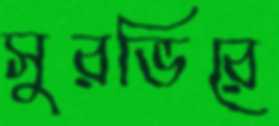
সুরভিরে